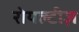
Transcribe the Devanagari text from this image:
रोयल्टीज़